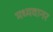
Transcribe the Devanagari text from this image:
मध्यवानर